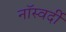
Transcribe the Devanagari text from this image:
नॉस्वर्दी